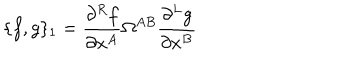
\{ f , g \} _ { 1 } = \frac { \partial ^ { R } f } { \partial x ^ { A } } \Omega ^ { A B } \frac { \partial ^ { L } g } { \partial x ^ { B } }